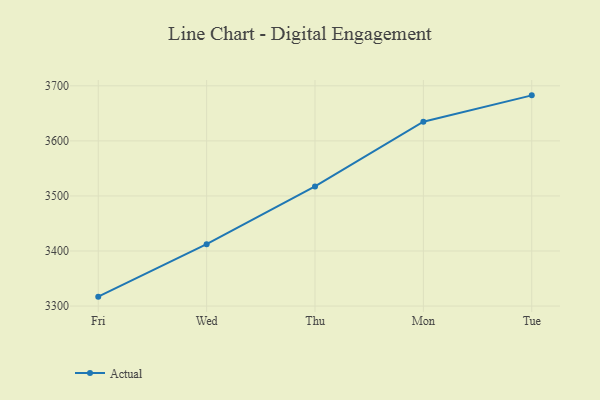
{"axis": {"x": "Day", "y": "Market Share (%)"}, "legend": ["Actual"], "data": [{"x": "Fri", "y": 3317.1, "type": "Actual"}, {"x": "Wed", "y": 3412.4, "type": "Actual"}, {"x": "Thu", "y": 3517.2, "type": "Actual"}, {"x": "Mon", "y": 3634.9, "type": "Actual"}, {"x": "Tue", "y": 3682.7, "type": "Actual"}]}